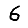
Digit: 6